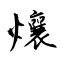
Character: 爙